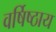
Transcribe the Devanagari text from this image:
वर्षिष्ठाय